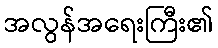
အလွန်အရေးကြီး၏